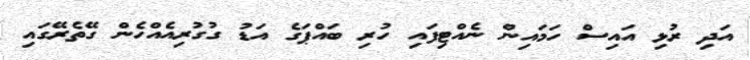
އަދި ރުޅި އައިސް ހަމައިން ނެއްޓިފައި ހުރި ބައްޕަގެ އަޑު ގުގުރިއެއްހެން ގޭތެރޭގައި